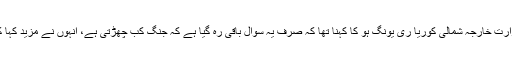
غیرملکی خبررساں ادارے کے مطابق گزشتہ روزایک بیا ن میں وزارت خارجہ شمالی کوریا ری یونگ ہو کا کہنا تھا کہ صرف یہ سوال باقی رہ گیا ہے کہ جنگ کب چھڑتی ہے، انہوں نے مزید کہا کہ شمالی کوریا جنگ نہیں چاہتا مگر جنگ سے بھاگے گا بھی نہیں۔